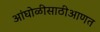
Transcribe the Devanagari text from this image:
आंघोळीसाठीआणत